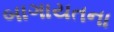
બાગાયતના